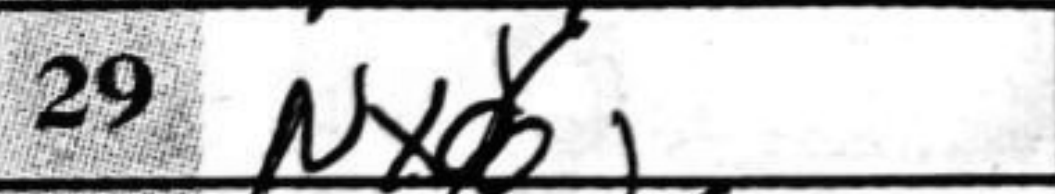
Transcription: Nxd6